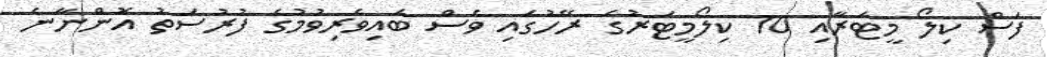
ފަސް ކިލޯ މީޓަރާއި 10 ކިލޯމީޓަރުގެ ރޭހުގައި ވެސް ބައިވެރިވުމުގެ ފުރުސަތު އޮންނާނެ